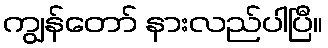
ကျွန်တော် နားလည်ပါပြီ။